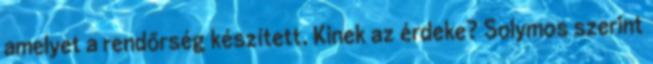
amelyet a rendőrség készített. Kinek az érdeke? Solymos szerint